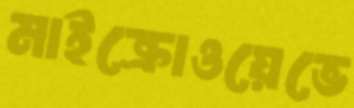
মাইক্রোওয়েভে